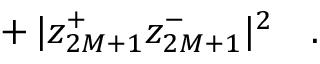
+ \, | z _ { 2 M + 1 } ^ { + } z _ { 2 M + 1 } ^ { - } | ^ { 2 } \ \ \ .